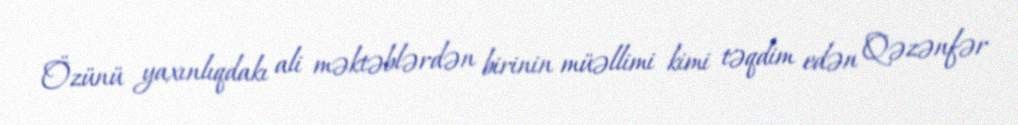
Özünü yaxınlıqdakı ali məktəblərdən birinin müəllimi kimi təqdim edən Qəzənfər